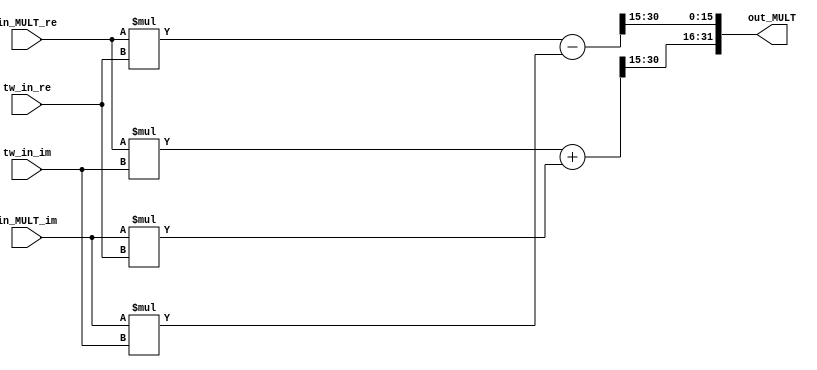
/******************************************************************************
Copyright (c) 2022 SoC Design Laboratory, Konkuk University, South Korea
All rights reserved.

Redistribution and use in source and binary forms, with or without
modification, are permitted provided that the following conditions are
met: redistributions of source code must retain the above copyright
notice, this list of conditions and the following disclaimer;
redistributions in binary form must reproduce the above copyright
notice, this list of conditions and the following disclaimer in the
documentation and/or other materials provided with the distribution;
neither the name of the copyright holders nor the names of its
contributors may be used to endorse or promote products derived from
this software without specific prior written permission.

THIS SOFTWARE IS PROVIDED BY THE COPYRIGHT HOLDERS AND CONTRIBUTORS
"AS IS" AND ANY EXPRESS OR IMPLIED WARRANTIES, INCLUDING, BUT NOT
LIMITED TO, THE IMPLIED WARRANTIES OF MERCHANTABILITY AND FITNESS FOR
A PARTICULAR PURPOSE ARE DISCLAIMED. IN NO EVENT SHALL THE COPYRIGHT
OWNER OR CONTRIBUTORS BE LIABLE FOR ANY DIRECT, INDIRECT, INCIDENTAL,
SPECIAL, EXEMPLARY, OR CONSEQUENTIAL DAMAGES (INCLUDING, BUT NOT
LIMITED TO, PROCUREMENT OF SUBSTITUTE GOODS OR SERVICES; LOSS OF USE,
DATA, OR PROFITS; OR BUSINESS INTERRUPTION) HOWEVER CAUSED AND ON ANY
THEORY OF LIABILITY, WHETHER IN CONTRACT, STRICT LIABILITY, OR TORT
(INCLUDING NEGLIGENCE OR OTHERWISE) ARISING IN ANY WAY OUT OF THE USE
OF THIS SOFTWARE, EVEN IF ADVISED OF THE POSSIBILITY OF SUCH DAMAGE.

Authors: Uyong Lee (uyonglee@konkuk.ac.kr)

Revision History
2022.11.17: Started by Uyong Lee
*******************************************************************************/
module MULT
(
    input signed [15:0] in_MULT_re,
    input signed [15:0] in_MULT_im, 
    input signed [15:0] tw_in_re,
    input signed [15:0] tw_in_im,
    output signed [31:0] out_MULT
);
//Imag [31:16], Real [15:0]
wire signed [30:0] MULT_re;
wire signed [30:0] MULT_im;

wire signed [30:0] tmp_re0;
wire signed [30:0] tmp_im0;
wire signed [30:0] tmp_re1;
wire signed [30:0] tmp_im1;

assign tmp_re0 = in_MULT_re * tw_in_re; //real * real
assign tmp_re1 = in_MULT_im * tw_in_im; //imag * imag

assign tmp_im0 = in_MULT_re * tw_in_im; //real * imag
assign tmp_im1 = in_MULT_im * tw_in_re; //imag * real

assign MULT_re = tmp_re0 - tmp_re1; //Mult_re before quant.
assign MULT_im = tmp_im0 + tmp_im1; //Mult_im before quant.

assign out_MULT = {MULT_im[30:15], MULT_re[30:15]};

endmodule